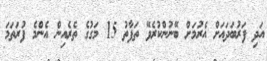
އަދި ފަރުބަދައަށް އެރުމަށް ބޭނުންކުރެވޭ ތަފާތު 15 މަގުގެ ތެރެއިން އެންމެ ފުރަތަމަ